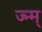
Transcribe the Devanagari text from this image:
ज्न्म्